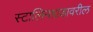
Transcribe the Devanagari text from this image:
स्टालिनग्राडावरील